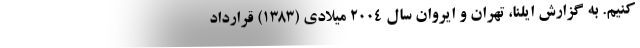
کنیم. به گزارش ایلنا، تهران و ایروان سال ۲۰۰۴ میلادی (١٣٨٣) قرارداد